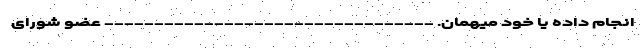
انجام داده یا خود میهمان. --------------------------------- عضو شورای